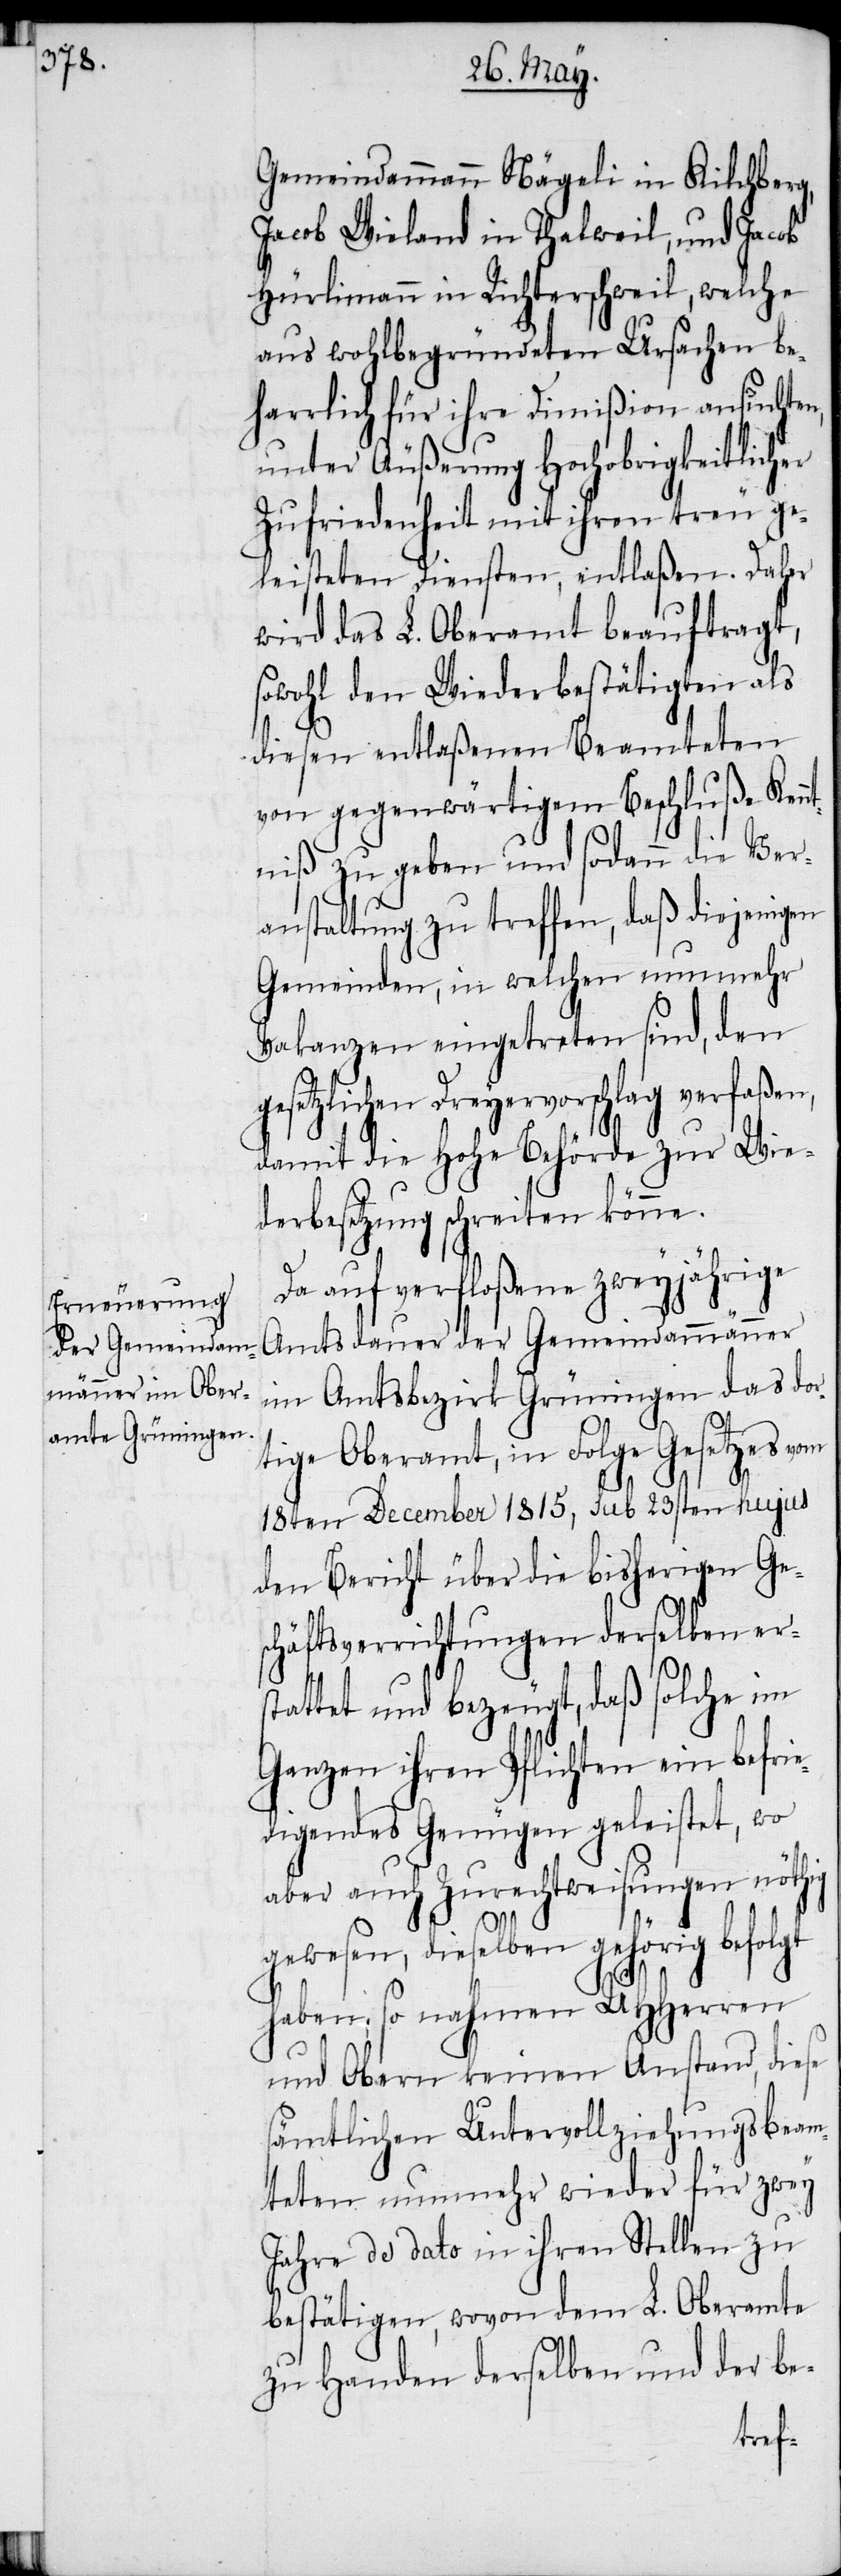
Gemeindammann Nägeli in Kilchberg,
Jacob Wieland in Thalweil, und Jacob
Hürlimann in Richterschweil, welche
aus wohlbegründeten Ursachen be¬
harrlich für ihre Dimißion ansuchten,
unter Äußerung Hochobrigkeitlicher
Zufriedenheit mit ihren treu ge¬
leisteten Diensten, entlaßen. Daher
wird das L. Oberamt beauftragt,
sowohl den Wiederbestätigten als
diesen entlaßenen beamteten
von gegenwärtigem Beschluße Kenn¬
tniß zu geben und sodann die Ver¬
anstaltung zu treffen, daß diejenigen
Gemeinden, in welchen nunmehr
Vakanzen eingetreten sind, den
gesetzlichen Dreyervorschlag verfaßen,
damit die Hohe Behörde zur Wie¬
derbesetzung schreiten könne.
Da auf verfloßene zweyjährige
Amtsdauer der Gemeindammänner
im Amtsbezirk Grüningen das dor¬
tige Oberamt, in Folge Gesetzes vom
18ten December 1815, sub 23sten hujus
den Bericht über die bisherigen Ge¬
schäftsverrichtungen derselben er¬
stattet und bezeugt, daß solche im
Ganzen ihren Pflichten ein befrie¬
digendes Genügen geleistet, wo
aber auch Zurechtweisungen nöthig
gewesen, dieselben gehörig befolgt
haben, so nahmen UHHerren
und Obern keinen Anstand, diese
sämtlichen Untervollziehungsbeam¬
teten nunmehr wieder für zwey
Jahre de dato in ihren Stellen zu
bestätigen, wovon dem L. Oberamte
zu Handen derselben und der be-